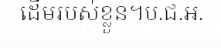
ដើមរបស់ខ្លួន។ប.ជ.អ.